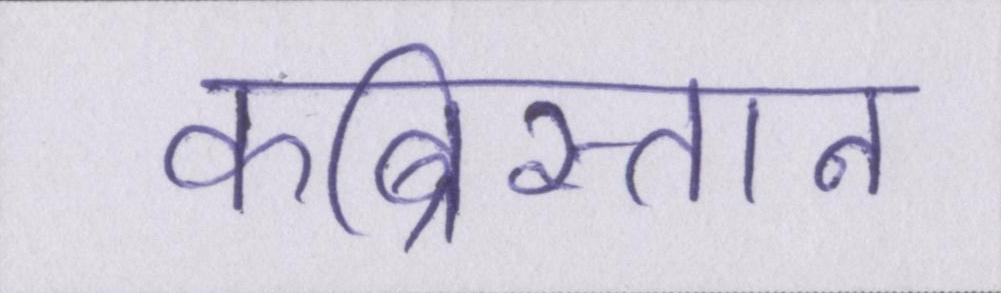
कब्रिस्तान